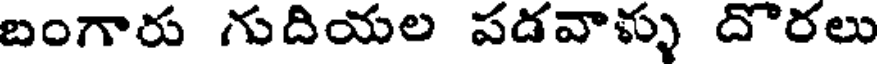
బంగారు గుదియల పడవాళ్ళు దొరలు